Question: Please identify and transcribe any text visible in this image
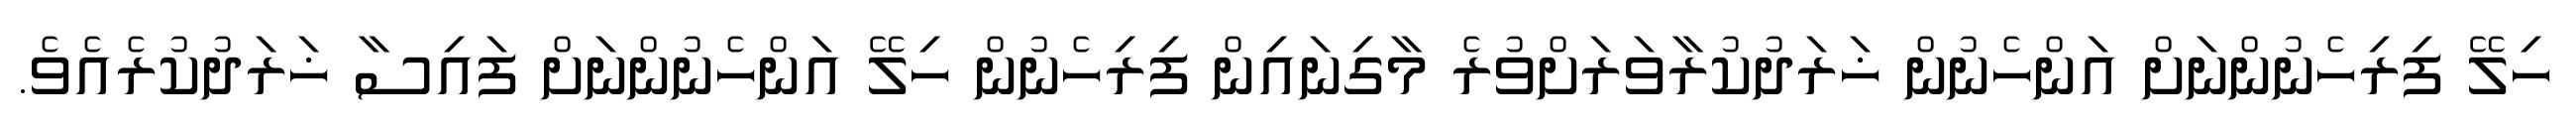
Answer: ހިލޭ ފިރިހެނުންނަށް އަންހެނުން ޚަރަދުކުރާވަރަށްވުރެ މާގިނައިން ފިރިހެނުން ހިލޭ އަންހެނުންނަށް ފައިސާ ޚަރަދުކުރެއެވެ.